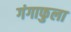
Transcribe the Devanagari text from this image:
गंगाफुला